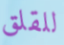
للقلق